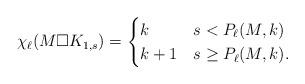
LaTeX: \begin{align*}\chi_{\ell}(M \square K_{1,s}) =\begin{cases}k & s < P_{\ell}(M,k)\\k+1 & s \geq P_{\ell}(M,k).\end{cases}\end{align*}